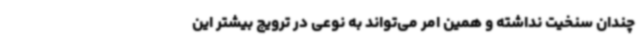
چندان سنخیت نداشته و همین امر می‌تواند به نوعی در ترویج بیشتر این